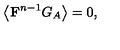
\left\langle \mathrm { { \bf F } } ^ { n - 1 } G _ { A } \right\rangle = 0 ,